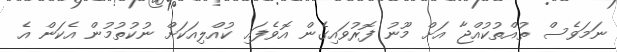
ނަމަވެސް ތުއްތުކުއްޖާ އަށް މޫނު ފޮރުވައިގެން އޮވެފައި ކުއްލިއަކަށް ނުކުތުމުން އެކަން އެ